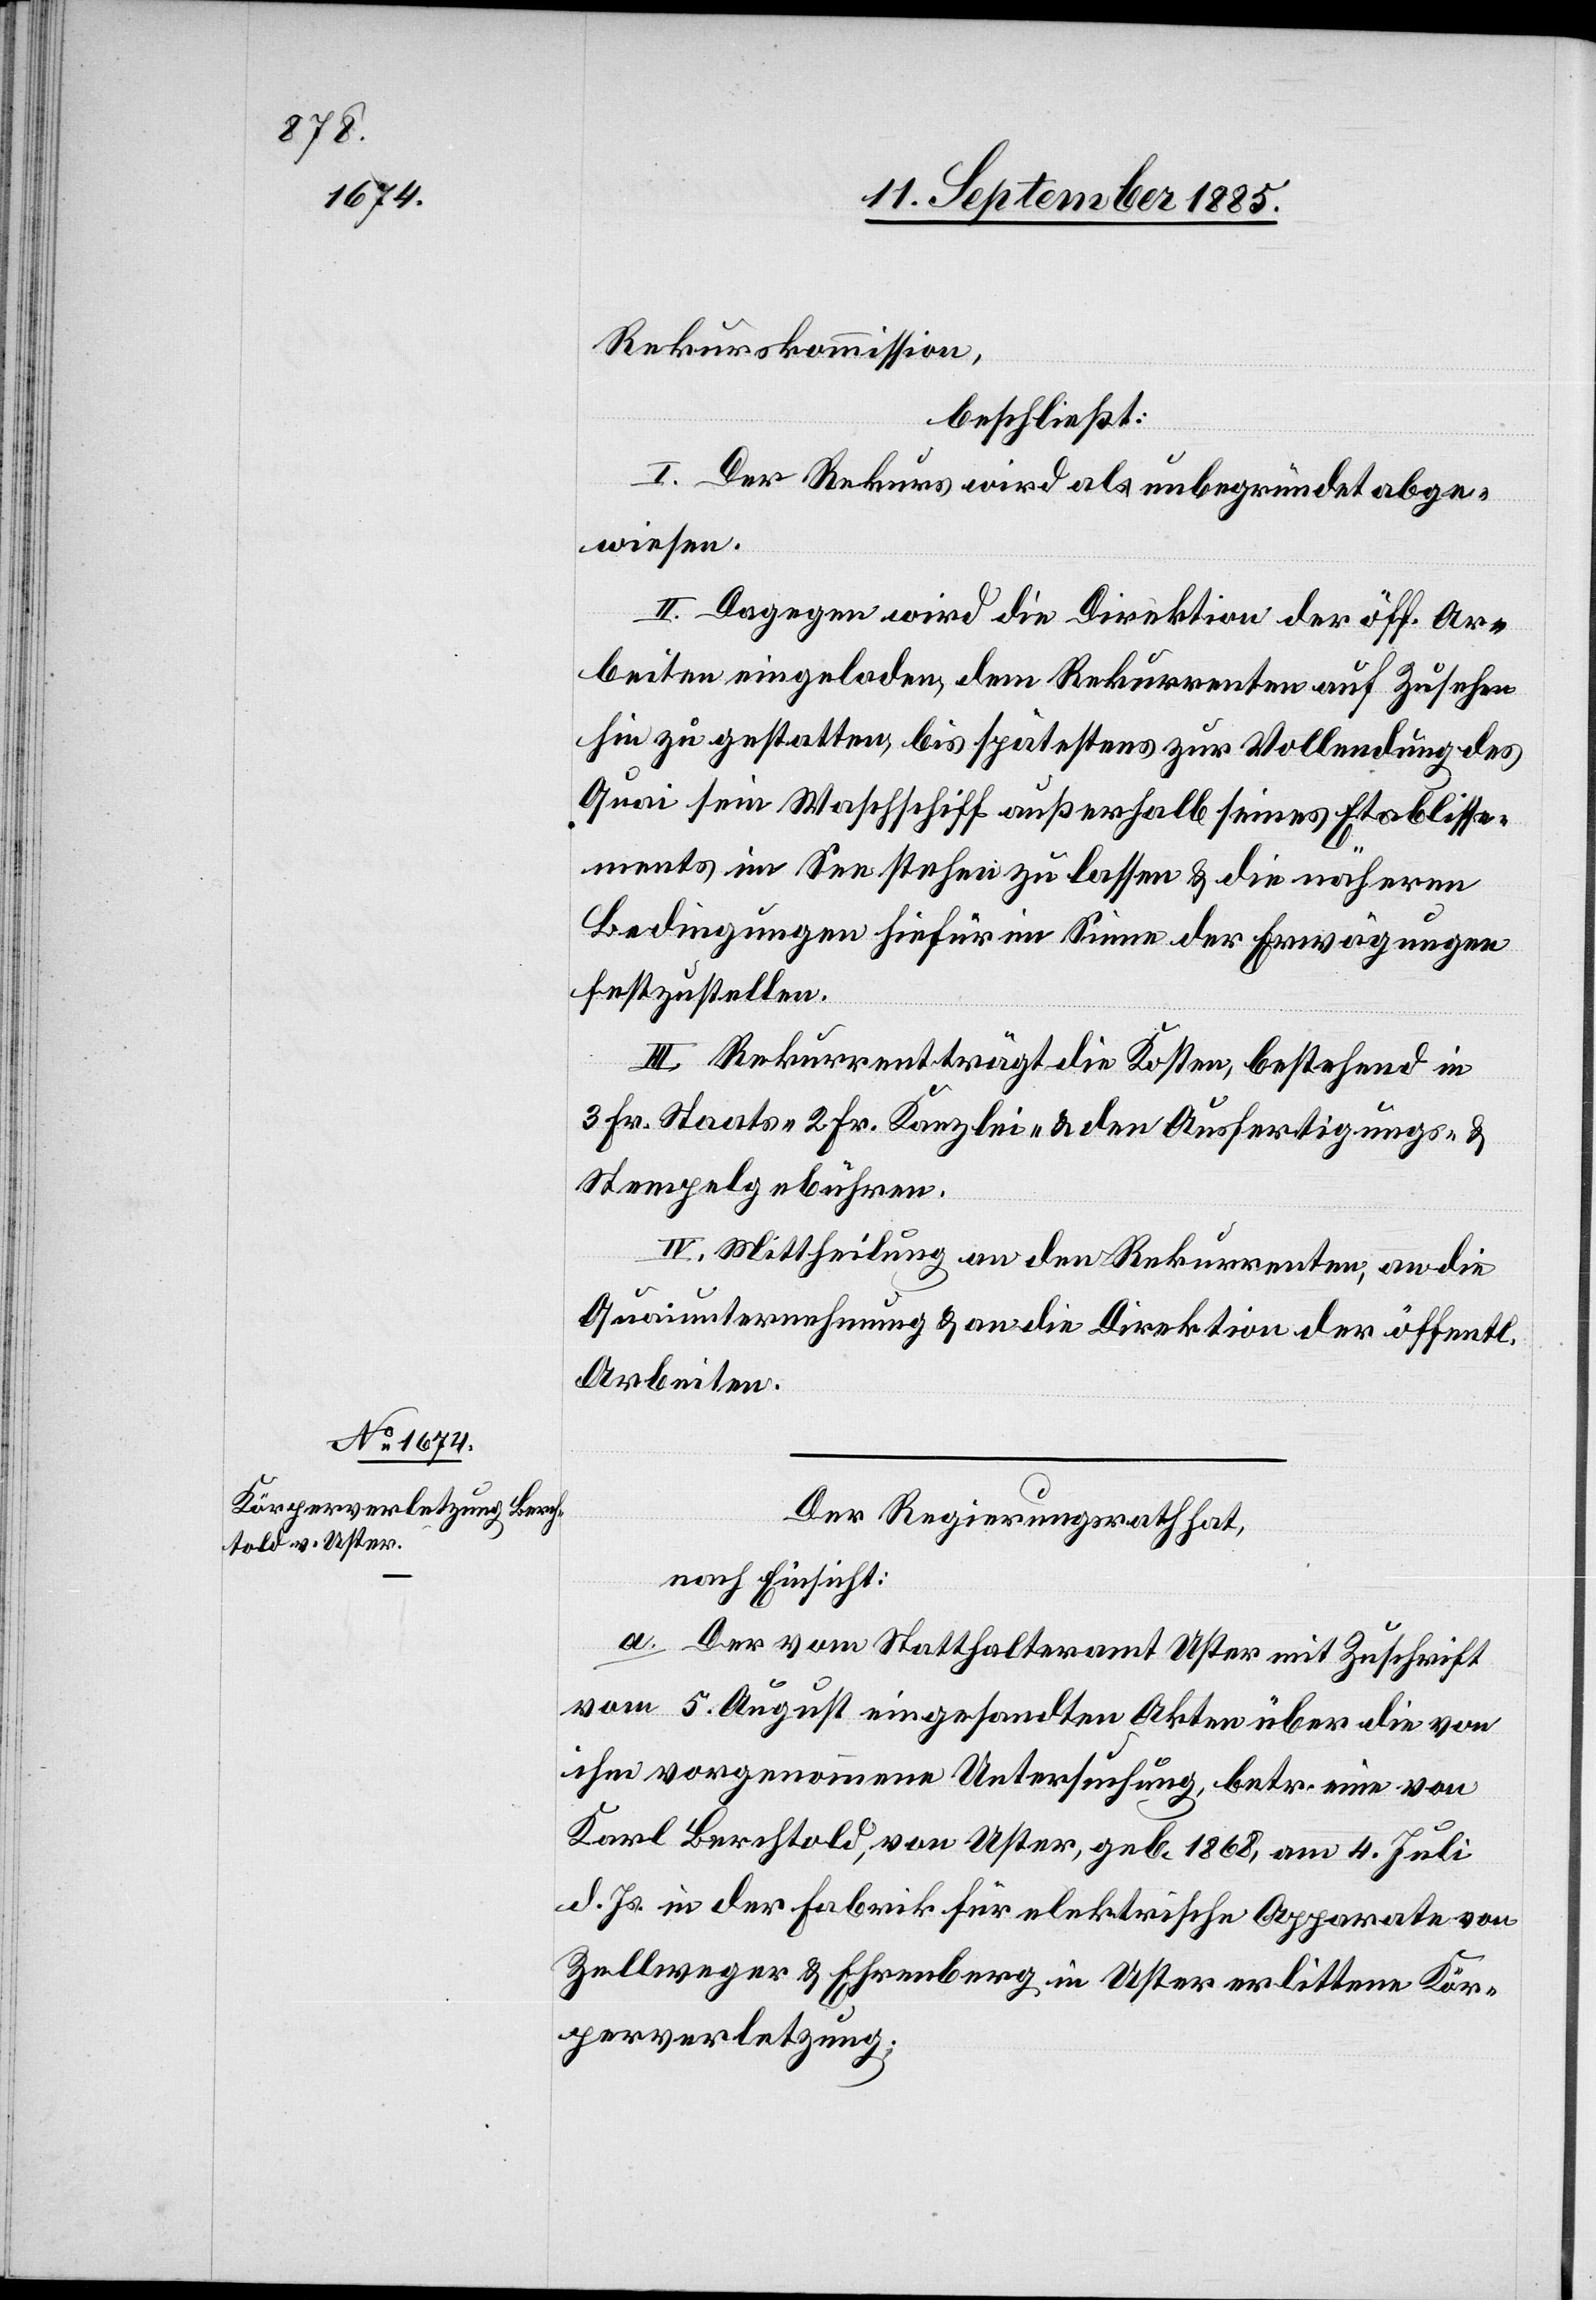
Rekurskommission,
beschließt:
I. Der Rekurs wird als unbegründet abge¬
wiesen.
II. Dagegen wird die Direktion der öff. Ar¬
beiten eingeladen, dem Rekurrenten auf Zusehen
hin zu gestatten, bis spätestens zur Vollendung des
Quai sein Waschschiff außerhalb seines Etablisse¬
ments im See stehen zu lassen & die nähern
Bedingungen hiefür im Sinne der Erwägungen
festzustellen.
III. Rekurrent trägt die Kosten, bestehend in
3 Fr. Staats-[,] 2 Fr. Kanzlei- & den Ausfertigungs- &
Stempelgebühren.
IV. Mittheilung an den Rekurrenten, an die
Quaiunternehmung & an die Direktion der öffentl.
Arbeiten.
Der Regierungsrath hat,
nach Einsicht:
a. Der vom Statthalteramt Uster mit Zuschrift
vom 5. August eingesandten Akten über die von
ihm vorgenommene Untersuchung, betr. eine von
Karl Berchtold, von Uster, geb. 1868, am 4. Juli
d. Js. in der Fabrik für elektrische Apparate von
Zellweger & Ehrenberg in Uster erlittene Kör¬
perverletzung;